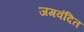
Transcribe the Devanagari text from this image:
जगवंदित